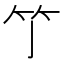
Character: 𥫘